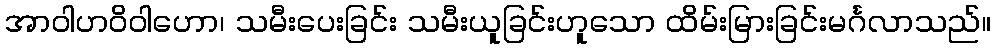
အာဝါဟဝိဝါဟော၊ သမီးပေးခြင်း သမီးယူခြင်းဟူသော ထိမ်းမြားခြင်းမင်္ဂလာသည်။